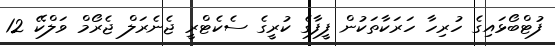
ފުޓްބޯޅައިގެ ހުރިހާ ހަރަކާތަކުން ފީފާގެ ކުރީގެ ސެކެޓްރީ ޖެނެރަލް ޖެރޯމް ވަލްކޭ 12